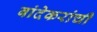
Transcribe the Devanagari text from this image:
बांदेकरांची